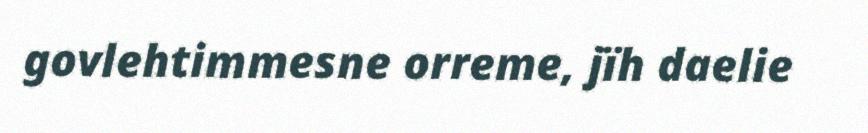
govlehtimmesne orreme, jïh daelie